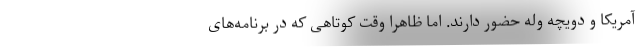
آمریکا و دویچه وله حضور دارند. اما ظاهرا وقت کوتاهی که در برنامه‌های